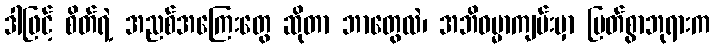
ဒါဖြင့် စိတ်ရဲ့ အညစ်အကြေးတွေ ဆိုတာ ဘာတွေလဲ၊ အဘိဓမ္မာကျမ်းမှာ မြတ်စွာဘုရားက